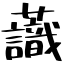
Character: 𧄹